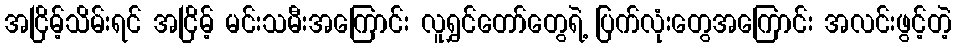
အငြိမ့်သိမ်းရင် အငြိမ့် မင်းသမီးအကြောင်း လူရွှင်တော်တွေရဲ့ ပြက်လုံးတွေအကြောင်း အလင်းဖွင့်တဲ့